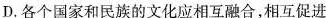
D.各个国家和民族的文化应相互融合，相互促进